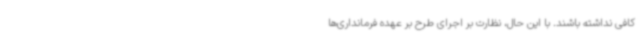
کافی نداشته باشند. با این حال، نظارت بر اجرای طرح بر عهده فرمانداری‌ها